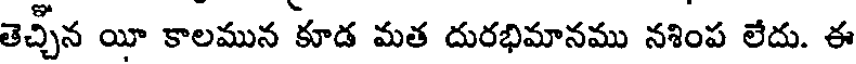
తెచ్చీన యీ కాలమున కూడ మత దురభిమానము నశింప లేదు. ఈ